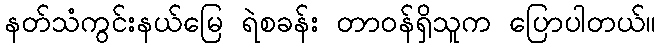
နတ်သံကွင်းနယ်မြေ ရဲစခန်း တာဝန်ရှိသူက ပြောပါတယ်။